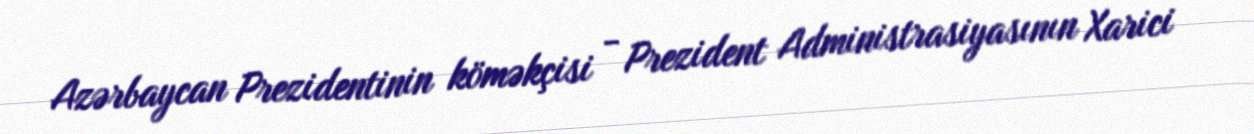
Azərbaycan Prezidentinin köməkçisi - Prezident Administrasiyasının Xarici